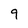
Character: 9